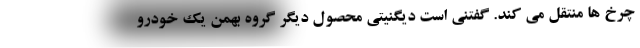
چرخ ها منتقل می کند. گفتنی است دیگنیتی محصول دیگر گروه بهمن یک خودرو